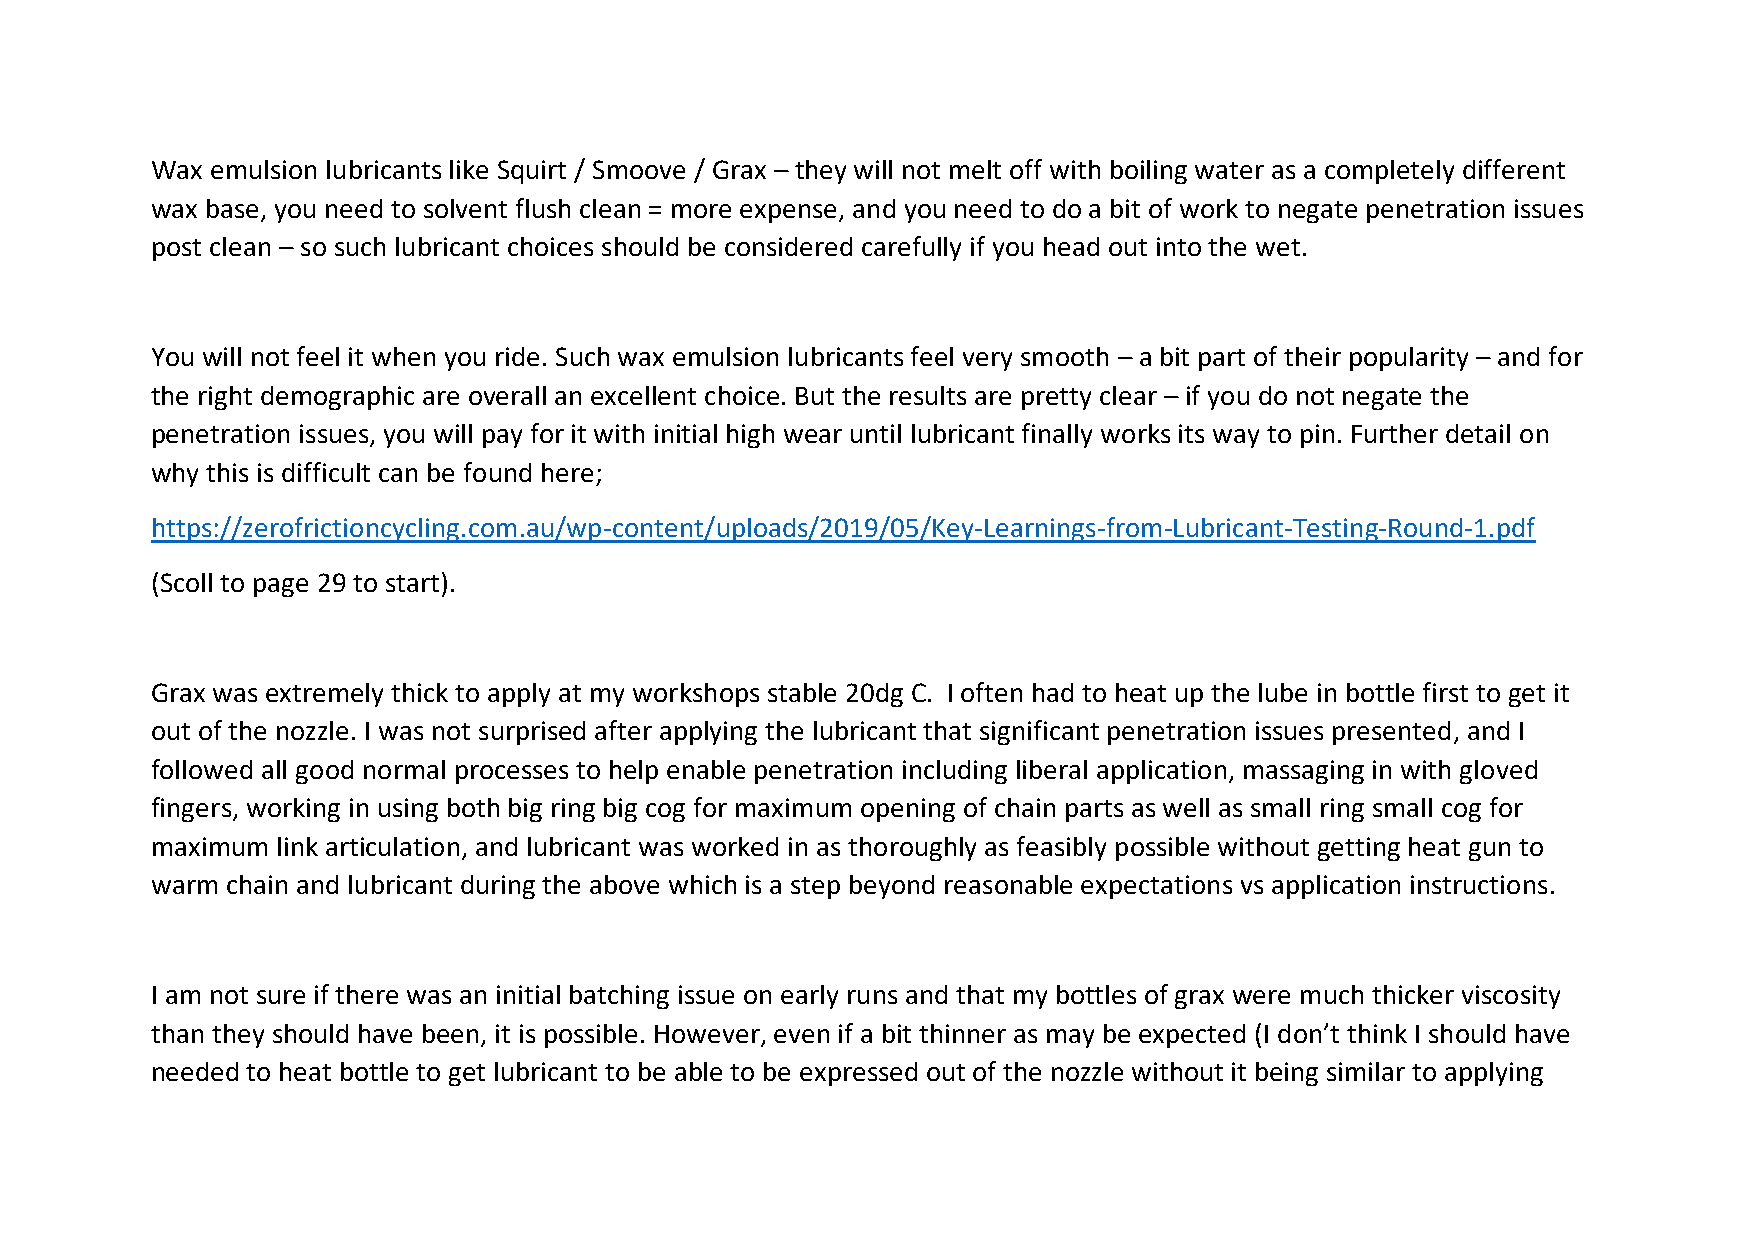
Wax emulsion lubricants like Squirt / Smoove / Grax – they will not melt off with boiling water as a completely different
 wax base, you need to solvent flush clean = more expense, and you need to do a bit of work to negate penetration issues
 post clean – so such lubricant choices should be considered carefully if you head out into the wet.
 You will not feel it when you ride. Such wax emulsion lubricants feel very smooth – a bit part of their popularity – and for
 the right demographic are overall an excellent choice. But the results are pretty clear – if you do not negate the
 penetration issues, you will pay for it with initial high wear until lubricant finally works its way to pin. Further detail on
 why this is difficult can be found here;
 https://zerofrictioncycling.com.au/wp-content/uploads/2019/05/Key-Learnings-from-Lubricant-Testing-Round-1.pdf
 (Scoll to page 29 to start).
 Grax was extremely thick to apply at my workshops stable 20dg C. I often had to heat up the lube in bottle first to get it
 out of the nozzle. I was not surprised after applying the lubricant that significant penetration issues presented, and I
 followed all good normal processes to help enable penetration including liberal application, massaging in with gloved
 fingers, working in using both big ring big cog for maximum opening of chain parts as well as small ring small cog for
 maximum link articulation, and lubricant was worked in as thoroughly as feasibly possible without getting heat gun to
 warm chain and lubricant during the above which is a step beyond reasonable expectations vs application instructions.
 I am not sure if there was an initial batching issue on early runs and that my bottles of grax were much thicker viscosity
 than they should have been, it is possible. However, even if a bit thinner as may be expected (I don’t think I should have
 needed to heat bottle to get lubricant to be able to be expressed out of the nozzle without it being similar to applying